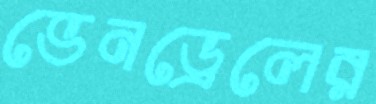
ভেনড্রেলের